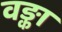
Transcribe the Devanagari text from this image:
वङ्का